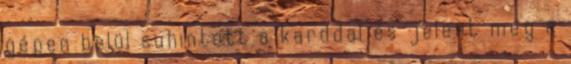
gépen belül suhintott a karddal és jelent meg a